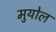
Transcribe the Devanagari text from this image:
मुयोल